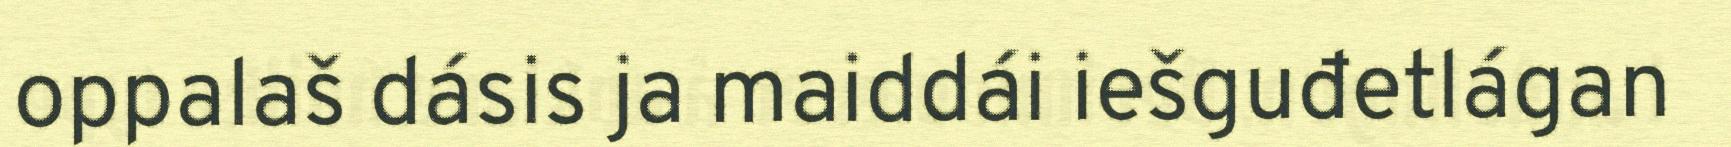
oppalaš dásis ja maiddái iešguđetlágan